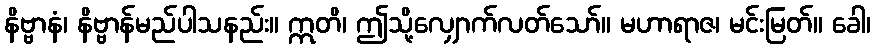
နိဗ္ဗာနံ၊ နိဗ္ဗာန်မည်ပါသနည်း။ ဣတိ၊ ဤသို့လျှောက်လတ်သော်။ မဟာရာဇ၊ မင်းမြတ်။ ခေါ၊